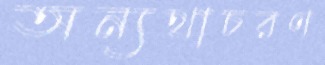
অন্যথাচরণ